Punjab Mental Hospital Lahore 1922-31 - 1922-1931
Year: 1922
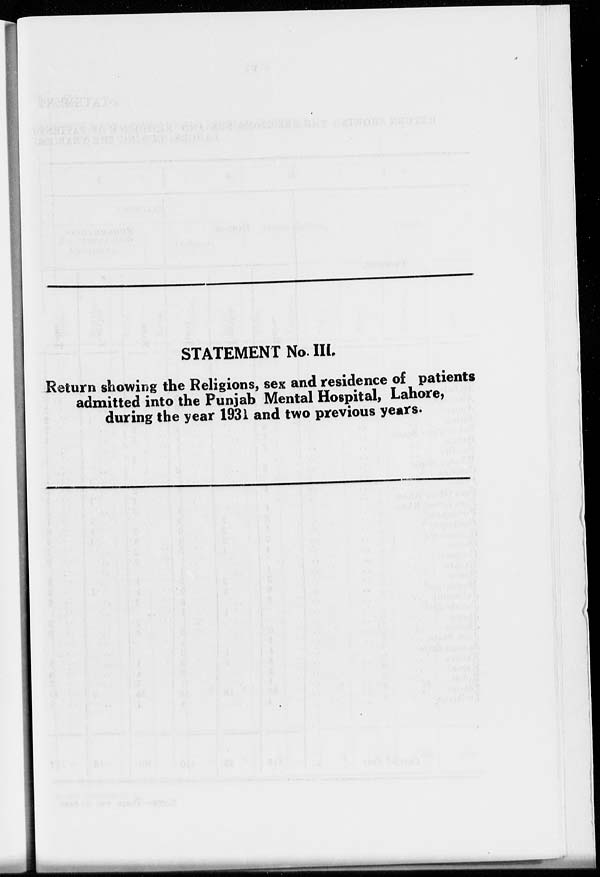
STATEMENT No. III.
Return showing the Religions, sex and residence of patients
admitted into the Punjab Mental Hospital, Lahore,
during the year 1931 and two previous years.